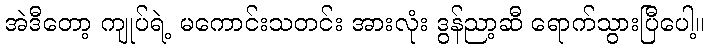
အဲဒီတော့ ကျုပ်ရဲ့ မကောင်းသတင်း အားလုံး ဒွန်ညာ့ဆီ ရောက်သွားပြီပေါ့။